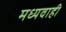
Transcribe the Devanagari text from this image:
मध्यवाही